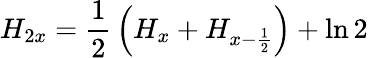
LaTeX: H_{2x}={\frac{1}{2}}\left(H_{x}+H_{x-{\frac{1}{2}}}\right)+\ln 2